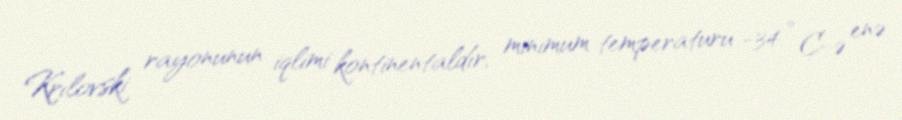
Krılovski rayonunun iqlimi kontinentaldır, minimum temperaturu -34 ° C-ə enə